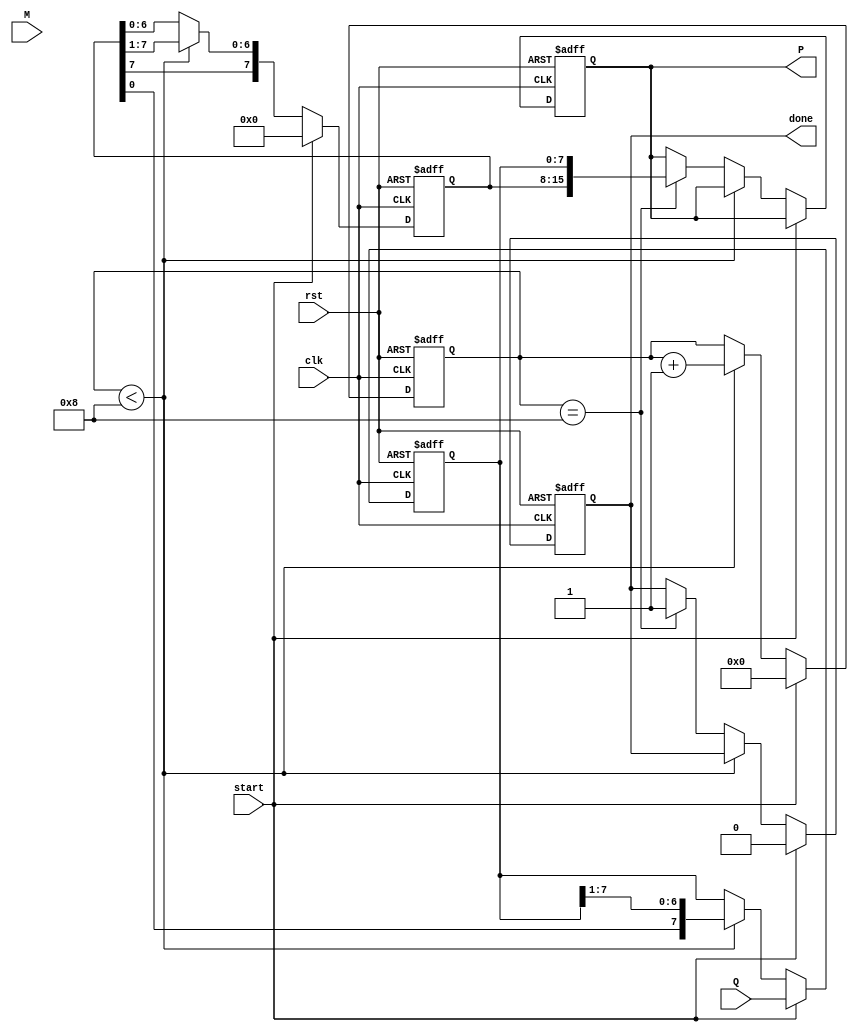
module modified_booth_multiplier #(parameter n = 8) (
    input wire clk,
    input wire rst,
    input wire start,
    input wire signed [n-1:0] M, // Multiplicand
    input wire signed [n-1:0] Q, // Multiplier
    output reg signed [2*n-1:0] P, // Product
    output reg done // Operation complete flag
);

    reg [n-1:0] A; // Accumulator
    reg [n-1:0] Q_reg; // Multiplier register
    reg Q_neg; // Q[-1] bit
    reg [2*n-1:0] M_ext; // Extended multiplicand
    reg [3:0] count; // Counter for iterations
    reg [2*n-1:0] temp; // Temporary variable for addition/subtraction

    // Initialize the product and control signals
    always @(posedge clk or posedge rst) begin
        if (rst) begin
            P <= 0;
            A <= 0;
            Q_reg <= 0;
            Q_neg <= 0;
            count <= 0;
            done <= 0;
            M_ext <= {M, 1'b0}; // Extend M to 2n bits
        end else if (start) begin
            // Load inputs
            Q_reg <= Q;
            Q_neg <= 0; // Initialize Q[-1] to 0
            A <= 0; // Clear accumulator
            count <= 0; // Reset iteration counter
            done <= 0;
        end else if (count < n) begin
            // Booth's algorithm
            case ({Q_reg[0], Q_neg})
                2'b00: begin
                    // No operation
                    temp = 0;
                end
                2'b01: begin
                    // Add M to A
                    temp = {A, 1'b0} + {M_ext, 1'b0}; // Shift A left and add M
                end
                2'b10: begin
                    // Subtract M from A
                    temp = {A, 1'b0} - {M_ext, 1'b0}; // Shift A left and subtract M
                end
                2'b11: begin
                    // No operation
                    temp = 0;
                end
            endcase

            // Update accumulator
            A <= temp[n:1]; // Keep only the upper n bits
            // Shift right: A, Q_reg, Q_neg
            {A, Q_reg, Q_neg} <= {A[n-1], A, Q_reg, Q_neg} >> 1;

            // Increment the count
            count <= count + 1;
        end else if (count == n) begin
            // Final product
            P <= {A, Q_reg}; // Combine A and Q_reg to form the product
            done <= 1; // Set done flag
        end
    end

endmodule